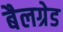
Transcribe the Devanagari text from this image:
बैलग्रेड